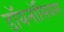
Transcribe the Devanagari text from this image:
डॉयनॉसियस